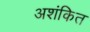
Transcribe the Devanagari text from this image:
अशंकित